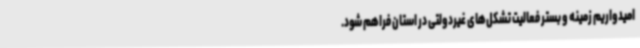
امیدواریم زمینه و بستر فعالیت تشکل‌های غیردولتی در استان فراهم شود.